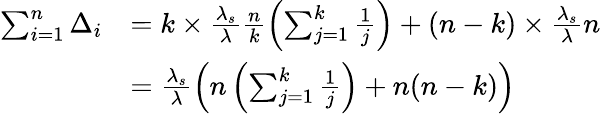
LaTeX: \begin{array}{rl}{\sum_{i=1}^{n}\Delta_{i}}&{=k\times\frac{\lambda_{s}}{\lambda}\frac{n}{k}\left(\sum_{j=1}^{k}\frac{1}{j}\right)+(n-k)\times\frac{\lambda_{s}}{\lambda}n}\\ &{=\frac{\lambda_{s}}{\lambda}\left(n\left(\sum_{j=1}^{k}\frac{1}{j}\right)+n(n-k)\right)}\end{array}